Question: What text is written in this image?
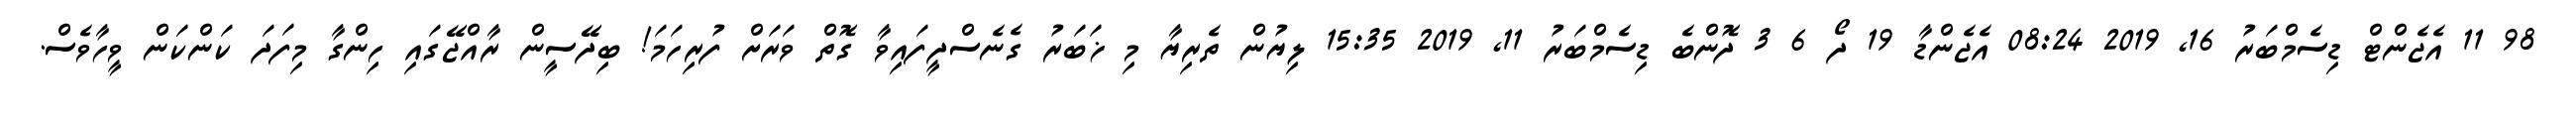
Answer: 98 11 އެޖެންޓް ޑިސެމްބަރު 16, 2019 08:24 އެޖެންޑާ 19 ދޯ 6 3 ދޮންބެ ޑިސެމްބަރު 11, 2019 15:35 ލިޔުން ތެރިޔާ މި ޚަބަރު ގެނެސްދީފައިވާ ގޮތް ވަރަށް ފުރިހަމަ! ބިދޭސީން ރާއްޖޭގައި ހިންގާ މިފަދަ ކަންކަން ވީހާވެސް.